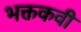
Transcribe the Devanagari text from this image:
भक्तकवी